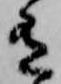
有